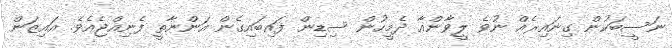
ނަސީބަކުން ގިނައިރެއް ނުވެ ލީވާންއާ ދެމީހުން ސިޑިން ފައިބައިގެން އަންނާތީ ފެނިއްޖެއެވެ. އައިޒަން